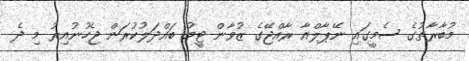
މުބާރާތުގެ ސެމީގައި ނޭޕާލްއާ ރާއްޖޭގެ ޒުވާން ޓީމު ބައްދަލުކުރަން ޖެހުނުއިރު މި ދެ